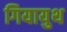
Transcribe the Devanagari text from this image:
गियायुथ